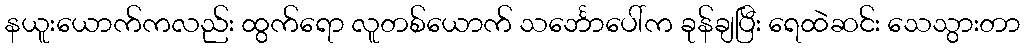
နယူးယောက်ကလည်း ထွက်ရော လူတစ်ယောက် သင်္ဘောပေါ်က ခုန်ချပြီး ရေထဲဆင်း သေသွားတာ